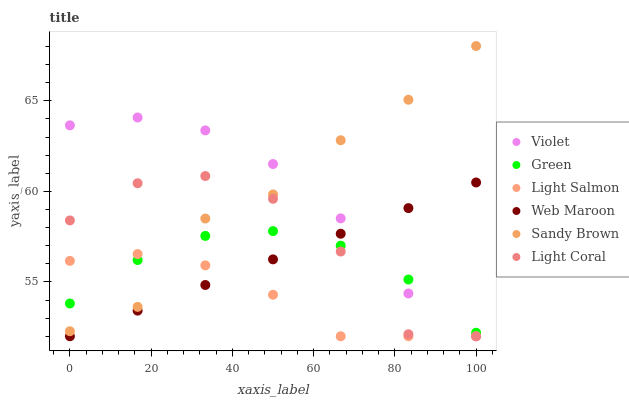
| xaxis_label | Violet | Green | Light Salmon | Web Maroon | Sandy Brown | Light Coral |
 | --- | --- | --- | --- | --- | --- | --- |
 | 0 | 63.6 | 53.8 | 56.2 | 52 | 52.3 | 58.4 |
 | 16.7 | 64.1 | 56.2 | 56.5 | 53.4 | 53.6 | 60.5 |
 | 33.3 | 63.4 | 57.5 | 55.9 | 54.8 | 58.5 | 60.8 |
 | 50 | 61.5 | 57.8 | 54.3 | 56.2 | 59.8 | 59.6 |
 | 66.7 | 58.5 | 57 | 52 | 57.7 | 62.8 | 56.7 |
 | 83.3 | 54.4 | 55.1 | 52 | 59.1 | 65.1 | 52.1 |
 | 100 | 52 | 52.2 | 52 | 60.5 | 68 | 52 |